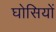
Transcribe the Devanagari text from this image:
घोसियों